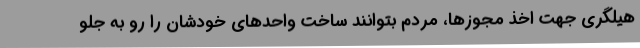
هیلگری جهت اخذ مجوزها، مردم بتوانند ساخت واحدهای خودشان را رو به جلو